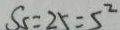
S _ { 5 } = 2 5 = 5 ^ { 2 }